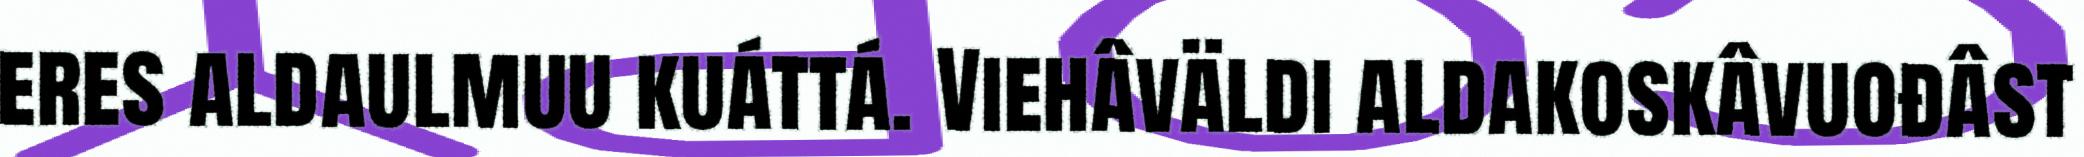
eres aldaulmuu kuáttá. Viehâväldi aldakoskâvuođâst